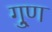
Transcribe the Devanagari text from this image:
गु्ण